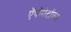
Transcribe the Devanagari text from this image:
ऍपॉमेटॉक्स